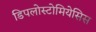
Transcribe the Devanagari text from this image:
डिपलोस्टोमियेसिस